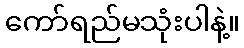
ကော်ရည်မသုံးပါနဲ့။